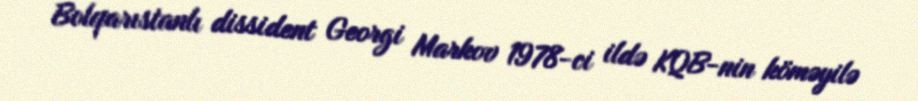
Bolqarıstanlı dissident Georgi Markov 1978-ci ildə KQB-nin köməyilə